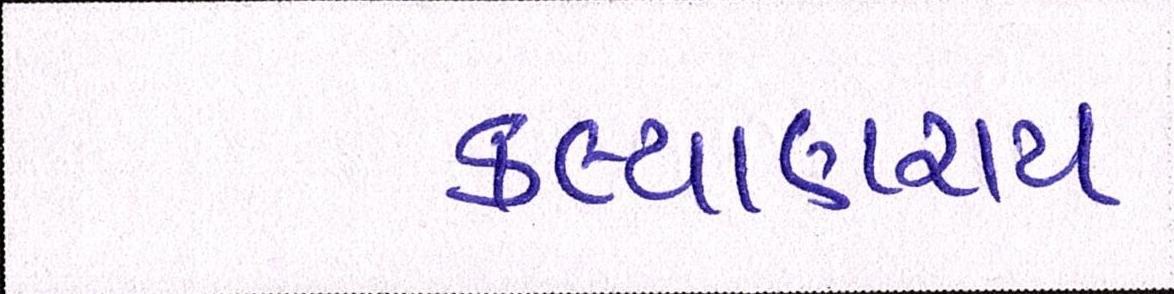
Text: કલ્યાણરાય